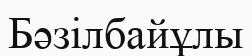
Бәзілбайұлы